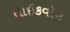
તાઈકવૉન